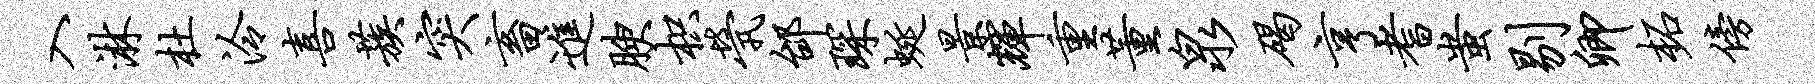
入淋杜泠喜蔟突畜进腴枳茕邰琛蜒景辉重董泉碣亨耆蚩剔卿柘傍